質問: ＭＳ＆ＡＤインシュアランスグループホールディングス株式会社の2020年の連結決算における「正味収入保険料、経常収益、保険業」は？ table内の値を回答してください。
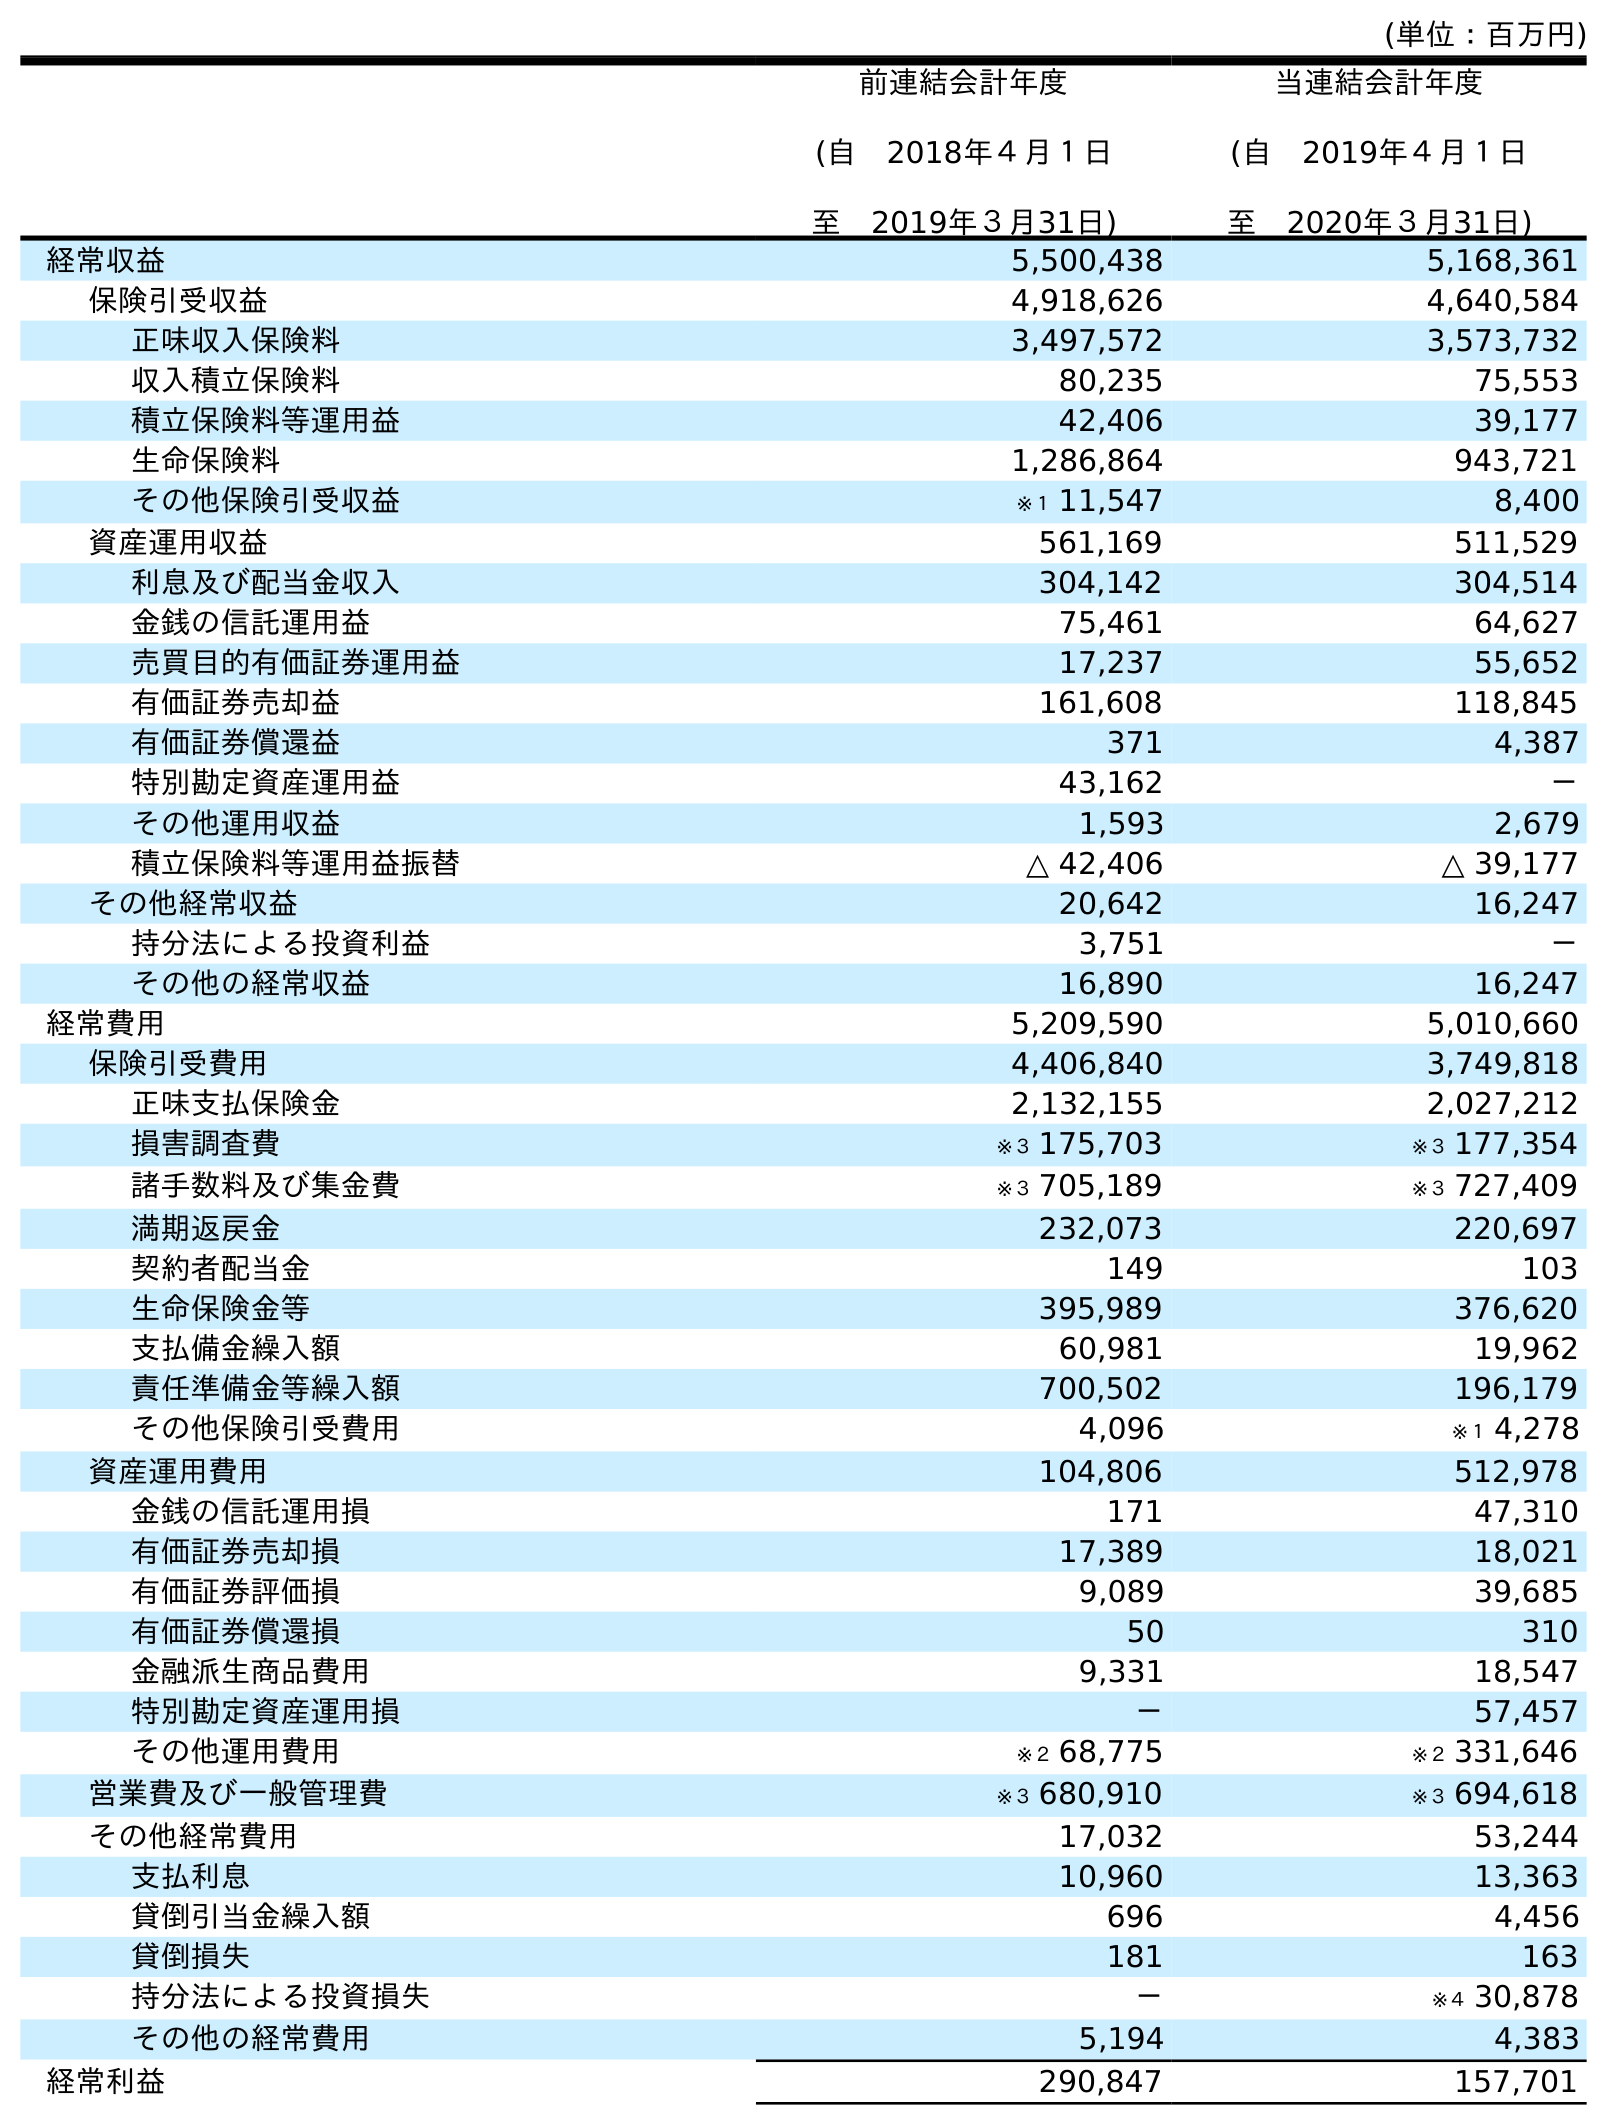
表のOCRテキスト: (単位：百万円) 前連結会計年度 (自 2018年４月１日 至 2019年３月31日) 当連結会計年度 (自 2019年４月１日 至 2020年３月31日) 経常収益 5,500,438 5,168,361 保険引受収益 4,918,626 4,640,584 正味収入保険料 3,497,572 3,573,732 収入積立保険料 80,235 75,553 積立保険料等運用益 42,406 39,177 生命保険料 1,286,864 943,721 その他保険引受収益 ※１ 11,547 8,400 資産運用収益 561,169 511,529 利息及び配当金収入 304,142 304,514 金銭の信託運用益 75,461 64,627 売買目的有価証券運用益 17,237 55,652 有価証券売却益 161,608 118,845 有価証券償還益 371 4,387 特別勘定資産運用益 43,162 － その他運用収益 1,593 2,679 積立保険料等運用益振替 △ 42,406 △ 39,177 その他経常収益 20,642 16,247 持分法による投資利益 3,751 － その他の経常収益 16,890 16,247 経常費用 5,209,590 5,010,660 保険引受費用 4,406,840 3,749,818 正味支払保険金 2,132,155 2,027,212 損害調査費 ※３ 175,703 ※３ 177,354 諸手数料及び集金費 ※３ 705,189 ※３ 727,409 満期返戻金 232,073 220,697 契約者配当金 149 103 生命保険金等 395,989 376,620 支払備金繰入額 60,981 19,962 責任準備金等繰入額 700,502 196,179 その他保険引受費用 4,096 ※１ 4,278 資産運用費用 104,806 512,978 金銭の信託運用損 171 47,310 有価証券売却損 17,389 18,021 有価証券評価損 9,089 39,685 有価証券償還損 50 310 金融派生商品費用 9,331 18,547 特別勘定資産運用損 － 57,457 その他運用費用 ※２ 68,775 ※２ 331,646 営業費及び一般管理費 ※３ 680,910 ※３ 694,618 その他経常費用 17,032 53,244 支払利息 10,960 13,363 貸倒引当金繰入額 696 4,456 貸倒損失 181 163 持分法による投資損失 － ※４ 30,878 その他の経常費用 5,194 4,383 経常利益 290,847 157,701
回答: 3,573,732